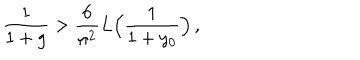
LaTeX: \frac { 1 } { 1 + g } > \frac { 6 } { \pi ^ { 2 } } L \Bigl ( \frac { 1 } { 1 + y _ { 0 } } \Bigr ) \, ,